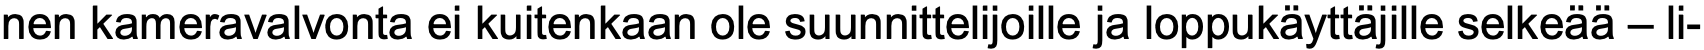
nen kameravalvonta ei kuitenkaan ole suunnittelijoille ja loppukäyttäjille selkeää – li-